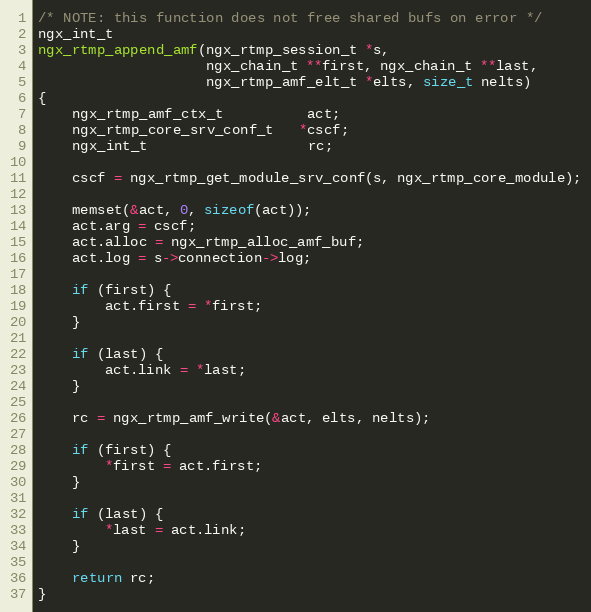
Language: C
/* NOTE: this function does not free shared bufs on error */
ngx_int_t
ngx_rtmp_append_amf(ngx_rtmp_session_t *s,
                    ngx_chain_t **first, ngx_chain_t **last,
                    ngx_rtmp_amf_elt_t *elts, size_t nelts)
{
    ngx_rtmp_amf_ctx_t          act;
    ngx_rtmp_core_srv_conf_t   *cscf;
    ngx_int_t                   rc;

    cscf = ngx_rtmp_get_module_srv_conf(s, ngx_rtmp_core_module);

    memset(&act, 0, sizeof(act));
    act.arg = cscf;
    act.alloc = ngx_rtmp_alloc_amf_buf;
    act.log = s->connection->log;

    if (first) {
        act.first = *first;
    }

    if (last) {
        act.link = *last;
    }

    rc = ngx_rtmp_amf_write(&act, elts, nelts);

    if (first) {
        *first = act.first;
    }

    if (last) {
        *last = act.link;
    }

    return rc;
}